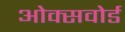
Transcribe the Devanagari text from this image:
ओक्सवोर्ड